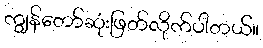
ကျွန်တော်ဆုံးဖြတ်လိုက်ပါတယ်။